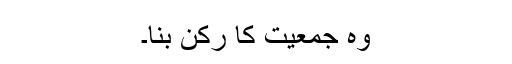
وہ جمعیت کا رکن بنا۔